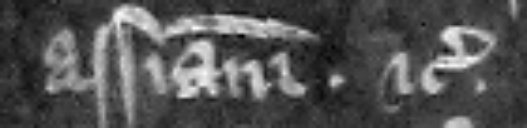
assisam etc.